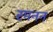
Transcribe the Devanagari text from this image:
रमनन